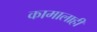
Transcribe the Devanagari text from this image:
कामालाही